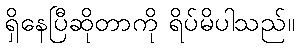
ရှိနေပြီဆိုတာကို ရိပ်မိပါသည်။